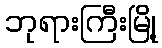
ဘုရားကြီးမြို့